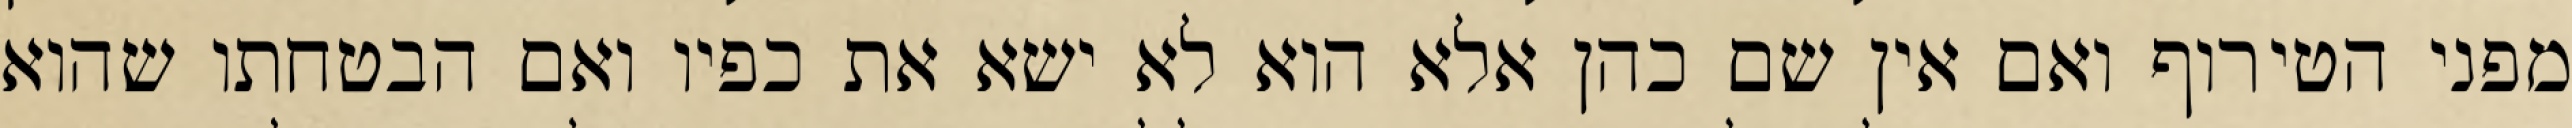
מפני הטירוף ואם אין שם כהן אלא הוא לא ישא את כפיו ואם הבטחתו שהוא